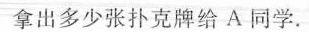
拿出多少张扑克牌给A同学.